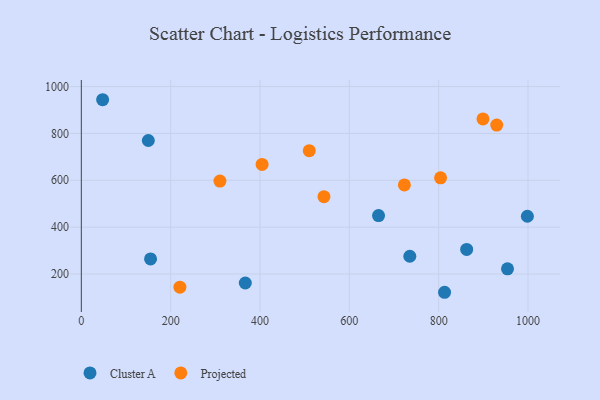
{"axis": {"x": "Distance", "y": "Demand"}, "legend": ["Cluster A", "Projected"], "data": [{"x": "735.4", "y": 275.8, "type": "Cluster A"}, {"x": "665.4", "y": 449.2, "type": "Cluster A"}, {"x": "47.7", "y": 943.9, "type": "Cluster A"}, {"x": "813.2", "y": 122.0, "type": "Cluster A"}, {"x": "998.6", "y": 446.6, "type": "Cluster A"}, {"x": "155.0", "y": 264.4, "type": "Cluster A"}, {"x": "862.7", "y": 304.9, "type": "Cluster A"}, {"x": "954.1", "y": 222.2, "type": "Cluster A"}, {"x": "150.0", "y": 769.8, "type": "Cluster A"}, {"x": "367.1", "y": 161.5, "type": "Cluster A"}, {"x": "310.3", "y": 596.5, "type": "Projected"}, {"x": "220.7", "y": 143.7, "type": "Projected"}, {"x": "543.2", "y": 529.9, "type": "Projected"}, {"x": "510.3", "y": 726.5, "type": "Projected"}, {"x": "899.2", "y": 862.0, "type": "Projected"}, {"x": "804.3", "y": 610.6, "type": "Projected"}, {"x": "404.7", "y": 667.6, "type": "Projected"}, {"x": "723.3", "y": 580.3, "type": "Projected"}, {"x": "930.0", "y": 835.7, "type": "Projected"}]}